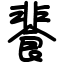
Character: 餥